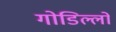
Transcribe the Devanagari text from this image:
गोडिल्लो